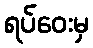
ရပ်ဝေးမှ